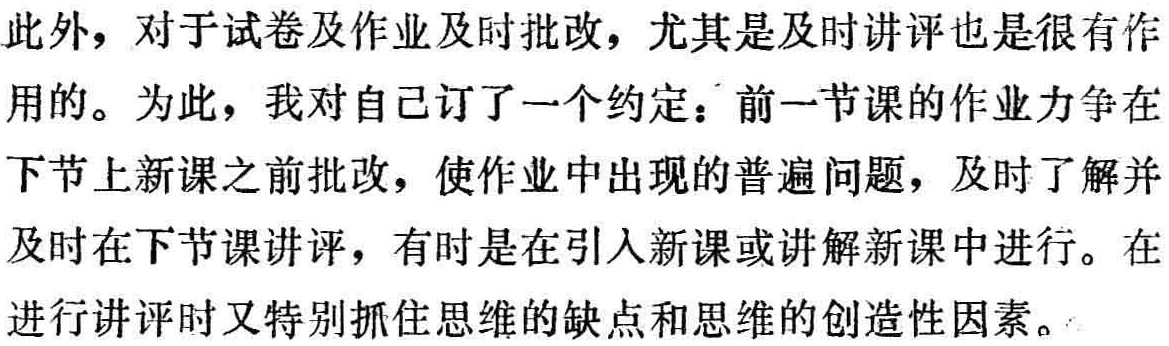
此外，对于试卷及作业及时批改，尤其是及时讲评也是很有作

用的。为此，我对自己订了一个约定：前一节课的作业力争在

下节上新课之前批改，使作业中出现的普遍问题，及时了解并

及时在下节课讲评，有时是在引入新课或讲解新课中进行。在

进行讲评时又特别抓住思维的缺点和思维的创造性因素。